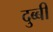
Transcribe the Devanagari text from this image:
दुब्बी